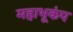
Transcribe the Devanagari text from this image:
महाभूकंप